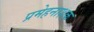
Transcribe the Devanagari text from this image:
प्रमेहनाशक